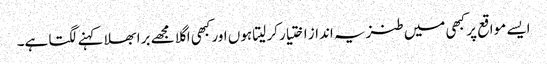
ایسے مواقع پر کبھی میں طنزیہ انداز اختیار کر لیتا ہوں اور کبھی اگلا مجھے برا بھلا کہنے لگتا ہے۔